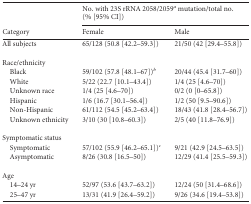
| <ROWSPAN=2> Category | <COLSPAN=2> No. with 23S rRNA 2058/2059a mutation/total no. (% [95% CI]) |
 | Female | Male |
 | --- | --- | --- |
 | All subjects | 65/128 (50.8 [42.2–59.3]) | 21/50 (42 [29.4–55.8]) |
 | Race/ethnicity |  |  |
 | Black | 59/102 (57.8 [48.1–67])b | 20/44 (45.4 [31.7–60]) |
 | White | 5/22 (22.7 [10.1–43.4]) | 1/4 (25 [4.6–70]) |
 | Unknown race | 1/4 (25 [4.6–70]) | 0/2 (0 [0–65.8]) |
 | Hispanic | 1/6 (16.7 [30.1–56.4]) | 1/2 (50 [9.5–90.6]) |
 | Non-Hispanic | 61/112 (54.5 [45.2–63.4]) | 18/43 (41.8 [28.4–56.7]) |
 | Unknown ethnicity | 3/10 (30 [10.8–60.3]) | 2/5 (40 [11.8–76.9]) |
 | Symptomatic status |  |  |
 | Symptomatic | 57/102 (55.9 [46.2–65.1])c | 9/21 (42.9 [24.5–63.5]) |
 | Asymptomatic | 8/26 (30.8 [16.5–50]) | 12/29 (41.4 [25.5–59.3]) |
 | Age |  |  |
 | 14–24 yr | 52/97 (53.6 [43.7–63.2]) | 12/24 (50 [31.4–68.6]) |
 | 25–47 yr | 13/31 (41.9 [26.4–59.2]) | 9/26 (34.6 [19.4–53.8]) |